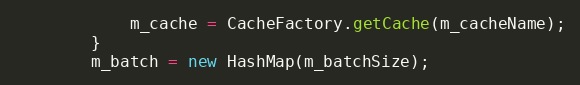
Language: Java
            m_cache = CacheFactory.getCache(m_cacheName);
        }
        m_batch = new HashMap(m_batchSize);